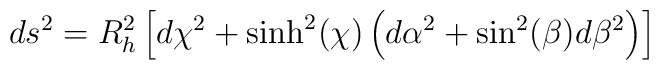
ds^2=R_h^2 \left[d\chi^2 +\sinh^2(\chi)\left(d\alpha^2 + \sin^2(\beta)d\beta^2 \right)\right]